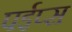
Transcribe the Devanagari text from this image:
पईप्स